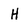
Character: H